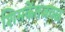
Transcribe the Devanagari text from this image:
शिमकेंतजवळ